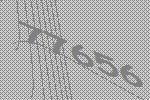
77656